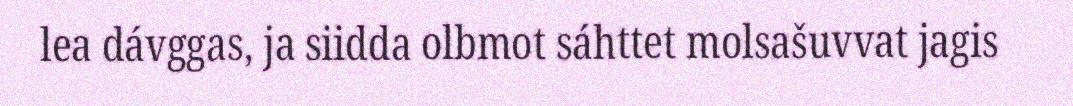
lea dávggas, ja siidda olbmot sáhttet molsašuvvat jagis